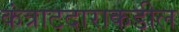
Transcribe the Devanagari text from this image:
कंत्राटदाराकडील